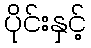
ပိုင်းနှင့်